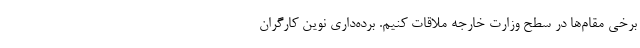
برخی مقام‌ها در سطح وزارت خارجه ملاقات کنیم. برده‌داری نوین کارگران